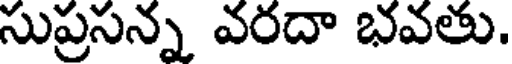
సుప్రసన్న వరదా భవతు.